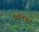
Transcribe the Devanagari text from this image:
मिलियार्ड